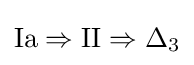
{\text{Ia}}\Rightarrow {\text{II}}\Rightarrow \Delta _{3}